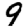
Digit: 9